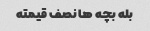
بله بچه ها نصف قیمته